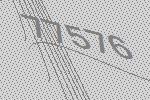
77576